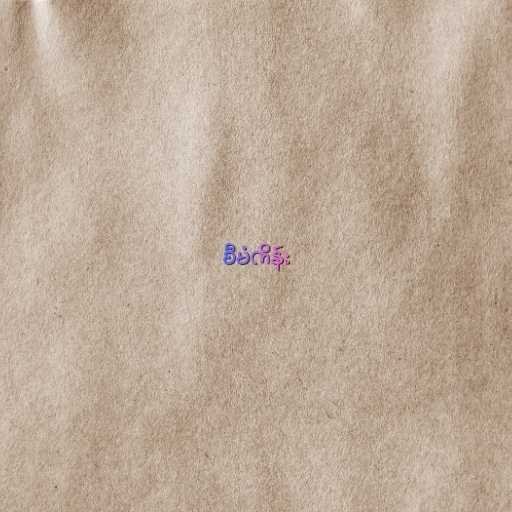
စီမံကိန်း